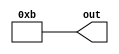
//Cahit Yusuf Ta - 1937465
//cyusuftas@gmail.com

//Constant Value Generator
module CVG #(parameter W=4, k=4'b1011) (out);

	output reg [W-1:0] out;		//Create a W bit reg
		
	initial begin
		out = k;					//Continuosly assign output to given parameter
	end
	
endmodule